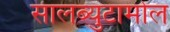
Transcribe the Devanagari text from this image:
सालब्युटामोल